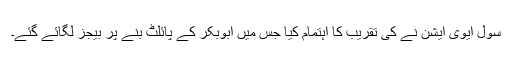
سول ایوی ایشن نے کی تقریب کا اہتمام کیا جس میں ابوبکر کے پائلٹ بنے پر بیجز لگائے گئے۔